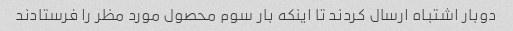
دوبار اشتباه ارسال کردند تا اینکه بار سوم محصول مورد مظر را فرستادند